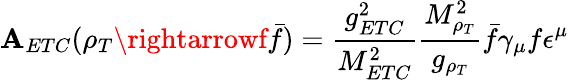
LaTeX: {\cal\mathbf{A}}_{ETC}(\rho_{T}\rightarrowf\bar{{f}})=\frac{{g_{ETC}^{2}}}{{M_{ETC}^{2}}}\frac{{M_{\rho_{T}}^{2}}}{{g_{\rho_{T}}}}\bar{{f}}\gamma_{\mu}f\epsilon^{\mu}